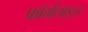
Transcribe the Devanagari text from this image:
फॉर्मलाइज़